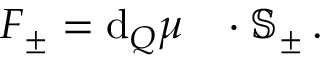
\begin{array} { r } { \boldsymbol { F } _ { \pm } = \mathrm { d } _ { Q } \boldsymbol { \mu } _ { \mathrm { ~ \, ~ } } \cdot \mathbb { S } _ { \pm } \, . } \end{array}